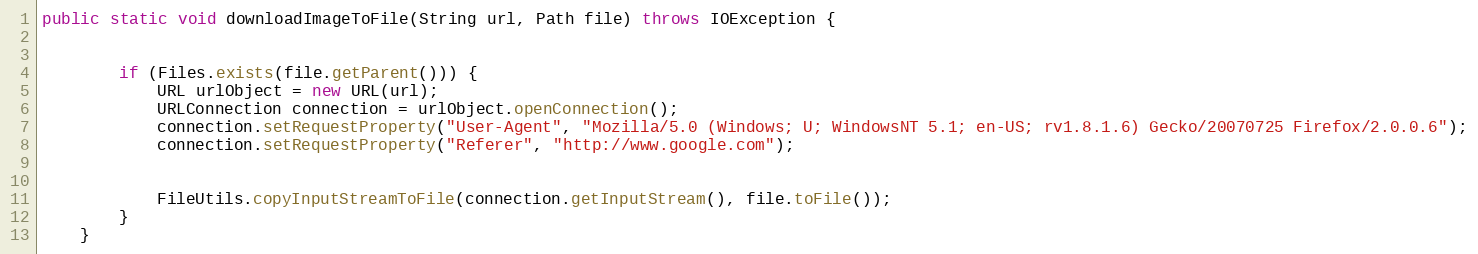
Language: Java
public static void downloadImageToFile(String url, Path file) throws IOException {

        if (Files.exists(file.getParent())) {
            URL urlObject = new URL(url);
            URLConnection connection = urlObject.openConnection();
            connection.setRequestProperty("User-Agent", "Mozilla/5.0 (Windows; U; WindowsNT 5.1; en-US; rv1.8.1.6) Gecko/20070725 Firefox/2.0.0.6");
            connection.setRequestProperty("Referer", "http://www.google.com");

            FileUtils.copyInputStreamToFile(connection.getInputStream(), file.toFile());
        }
    }